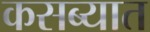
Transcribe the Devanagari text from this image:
कसब्यात